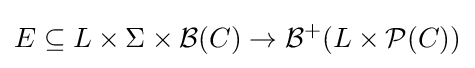
E\subseteq L\times \Sigma \times {\mathcal {B}}(C)\to {\mathcal {B}}^{+}(L\times {\mathcal {P}}(C))